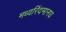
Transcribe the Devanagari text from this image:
मध्वरिंदमानघ